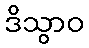
ဒိသွာဝ